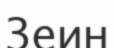
Зеин